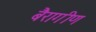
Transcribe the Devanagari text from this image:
बैरागीण